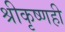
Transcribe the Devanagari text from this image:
श्रीकृष्णही